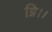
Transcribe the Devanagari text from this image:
ग्नि।।